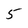
Character: 5